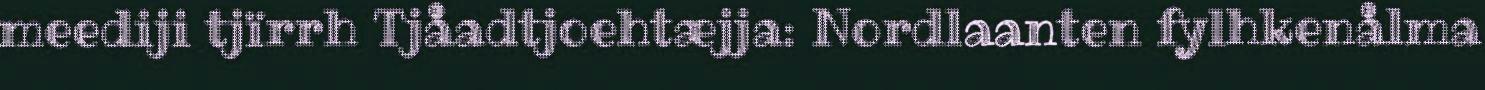
meediji tjïrrh Tjåadtjoehtæjja: Nordlaanten fylhkenålma